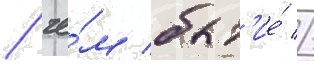
/ че́м быт'ие́ //